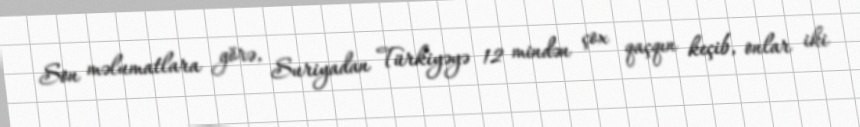
Son məlumatlara görə, Suriyadan Türkiyəyə 12 mindən çox qaçqın keçib, onlar iki